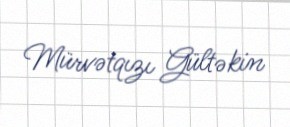
Mürvətqızı Gültəkin